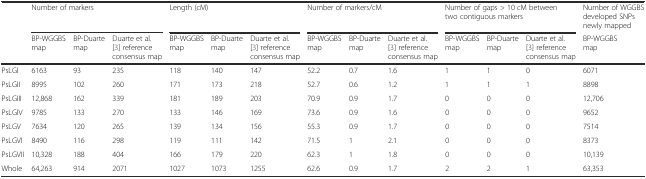
<table><thead><tr><td></td><td colspan="3"><b>Number of markers</b></td><td colspan="3"><b>Length (cM)</b></td><td colspan="3"><b>Number of markers/cM</b></td><td colspan="3"><b>Number of gaps &gt; 10 cM between two contiguous markers</b></td><td><b>Number of WGGBS developed SNPs newly mapped</b></td></tr><tr><td></td><td><b>BP-WGGBS map</b></td><td><b>BP-Duarte map</b></td><td><b>Duarte et al. [3] reference consensus map</b></td><td><b>BP-WGGBS map</b></td><td><b>BP-Duarte map</b></td><td><b>Duarte et al. [3] reference consensus map</b></td><td><b>BP-WGGBS map</b></td><td><b>BP-Duarte map</b></td><td><b>Duarte et al. [3] reference consensus map</b></td><td><b>BP-WGGBS map</b></td><td><b>BP-Duarte map</b></td><td><b>Duarte et al. [3] reference consensus map</b></td><td><b>BP-WGGBS map</b></td></tr></thead><tbody><tr><td>PsLGI</td><td>6163</td><td>93</td><td>235</td><td>118</td><td>140</td><td>147</td><td>52.2</td><td>0.7</td><td>1.6</td><td>1</td><td>1</td><td>0</td><td>6071</td></tr><tr><td>PsLGII</td><td>8995</td><td>102</td><td>260</td><td>171</td><td>173</td><td>218</td><td>52.7</td><td>0.6</td><td>1.2</td><td>1</td><td>1</td><td>1</td><td>8898</td></tr><tr><td>PsLGIII</td><td>12,868</td><td>162</td><td>339</td><td>181</td><td>189</td><td>203</td><td>70.9</td><td>0.9</td><td>1.7</td><td>0</td><td>0</td><td>0</td><td>12,706</td></tr><tr><td>PsLGIV</td><td>9785</td><td>133</td><td>270</td><td>133</td><td>146</td><td>169</td><td>73.6</td><td>0.9</td><td>1.6</td><td>0</td><td>0</td><td>0</td><td>9652</td></tr><tr><td>PsLGV</td><td>7634</td><td>120</td><td>265</td><td>139</td><td>134</td><td>156</td><td>55.3</td><td>0.9</td><td>1.7</td><td>0</td><td>0</td><td>0</td><td>7514</td></tr><tr><td>PsLGVI</td><td>8490</td><td>116</td><td>298</td><td>119</td><td>111</td><td>142</td><td>71.5</td><td>1</td><td>2.1</td><td>0</td><td>0</td><td>0</td><td>8373</td></tr><tr><td>PsLGVII</td><td>10,328</td><td>188</td><td>404</td><td>166</td><td>179</td><td>220</td><td>62.3</td><td>1</td><td>1.8</td><td>0</td><td>0</td><td>0</td><td>10,139</td></tr><tr><td>Whole</td><td>64,263</td><td>914</td><td>2071</td><td>1027</td><td>1073</td><td>1255</td><td>62.6</td><td>0.9</td><td>1.7</td><td>2</td><td>2</td><td>1</td><td>63,353</td></tr></tbody></table>